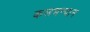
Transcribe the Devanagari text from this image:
कलमन्दान